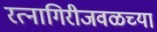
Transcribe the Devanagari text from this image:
रत्नागिरीजवळच्या